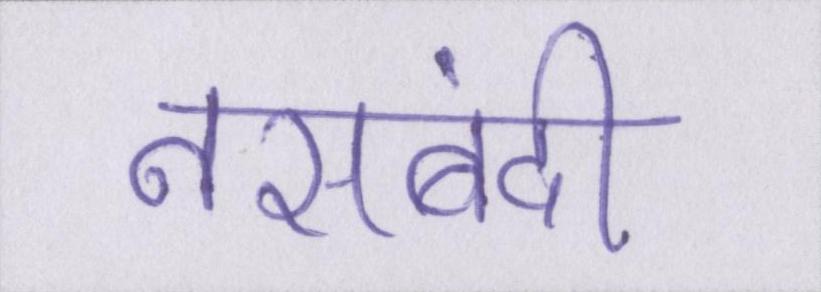
नसबंदी